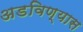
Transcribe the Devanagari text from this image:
अडविण्यास